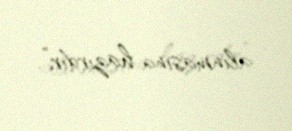
alınmasına hazırdır”.